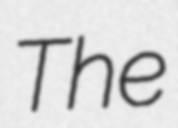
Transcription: The